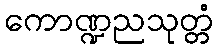
ကောဏ္ဍညသုတ္တံ